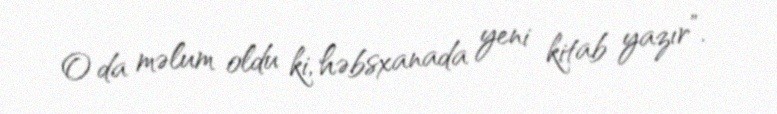
O da məlum oldu ki, həbsxanada yeni kitab yazır”.